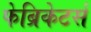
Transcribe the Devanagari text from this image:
फेब्रिकेटर्स